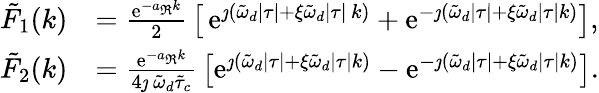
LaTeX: \begin{array}{rl}{\tilde{F}_{1}(k)}&{=\frac{\mathrm{e}^{-a_{\Re}k}}{2}\, \left[\, \mathrm{e}^{\jmath\left(\tilde{\omega}_{d}\lvert\tau\rvert+\xi\tilde{\omega}_{d}\lvert\tau\rvert\, k\right)}+\mathrm{e}^{-\jmath\left(\tilde{\omega}_{d}\lvert\tau\rvert+\xi\tilde{\omega}_{d}\lvert\tau\rvert k\right)}\right],}\\ {\tilde{F}_{2}(k)}&{=\frac{\mathrm{e}^{-a_{\Re}k}}{4\jmath\, \tilde{\omega}_{d}\tilde{\tau}_{c}}\, \left[\mathrm{e}^{\jmath\left(\tilde{\omega}_{d}\lvert\tau\rvert+\xi\tilde{\omega}_{d}\lvert\tau\rvert k\right)}-\mathrm{e}^{-\jmath\left(\tilde{\omega}_{d}\lvert\tau\rvert+\xi\tilde{\omega}_{d}\lvert\tau\rvert k\right)}\right].}\end{array}